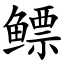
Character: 鳔